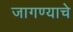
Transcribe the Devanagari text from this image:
जागण्याचे